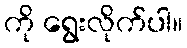
ကို ရွေးလိုက်ပါ။